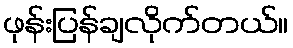
ဖုန်းပြန်ချလိုက်တယ်။